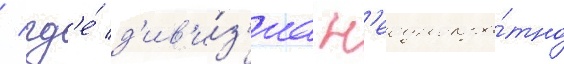
/ гд'е́ д'ив'и́з'иа н'еоднокра́тно